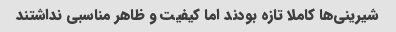
شیرینی‌ها کاملا تازه بودند اما کیفیت و ظاهر مناسبی نداشتند